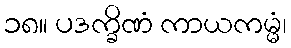
၁၈။ ပဒက္ခိဏံ ကာယကမ္မံ၊